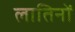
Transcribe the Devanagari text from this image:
लातिनों